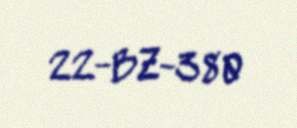
22-BZ-380